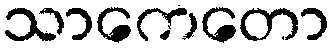
သာကေတော